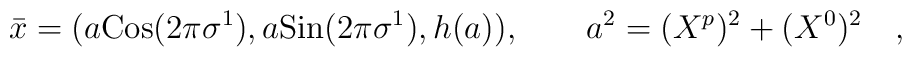
{\bar x}= (a {\rm Cos}(2\pi\sigma^1), a {\rm Sin}(2\pi \sigma^1), h(a)) , \quad\quad a^2 = (X^p)^2 +(X^{0})^2 \quad ,